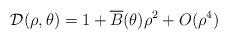
LaTeX: \begin{align*} \mathcal{D}(\rho, \theta)= 1+ \overline{B}(\theta) \rho^2 + O(\rho^4) \end{align*}